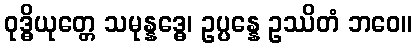
ဝုဒ္ဓိယုတ္တေ သမုန္နဒ္ဓေ၊ ဥပ္ပန္နေ ဥဿိတံ ဘဝေ။